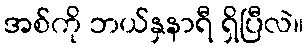
အစ်ကို ဘယ်နှနာရီ ရှိပြီလဲ။